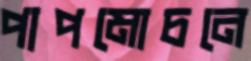
পাপমোচনে